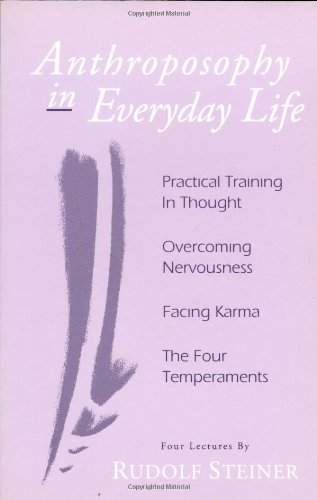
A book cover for Anthroposophy in Everyday Life; Rudolf Steiner; Religion & Spirituality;